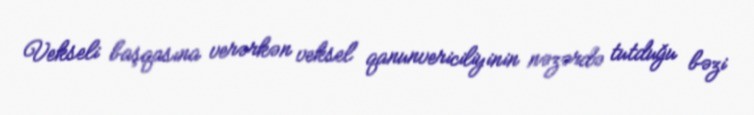
Vekseli başqasına verərkən veksel qanunvericiliyinin nəzərdə tutduğu bəzi